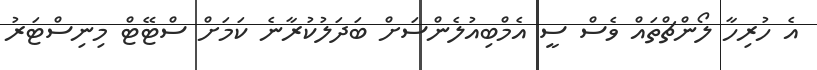
އެ ހުރިހާ ލޯންޗްތައް ވެސް ސީ އެމްބިއުލެންސަށް ބަދަލުކުރާނެ ކަމަށް ސްޓޭޓް މިނިސްޓަރު